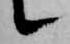
候